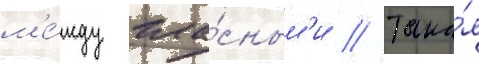
м'е́жду гла́сным'и // Така́я